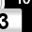
Digit: 3